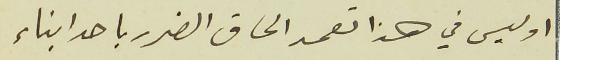
او ليس في هذا تعمد الحاق الضرر باحد ابناء